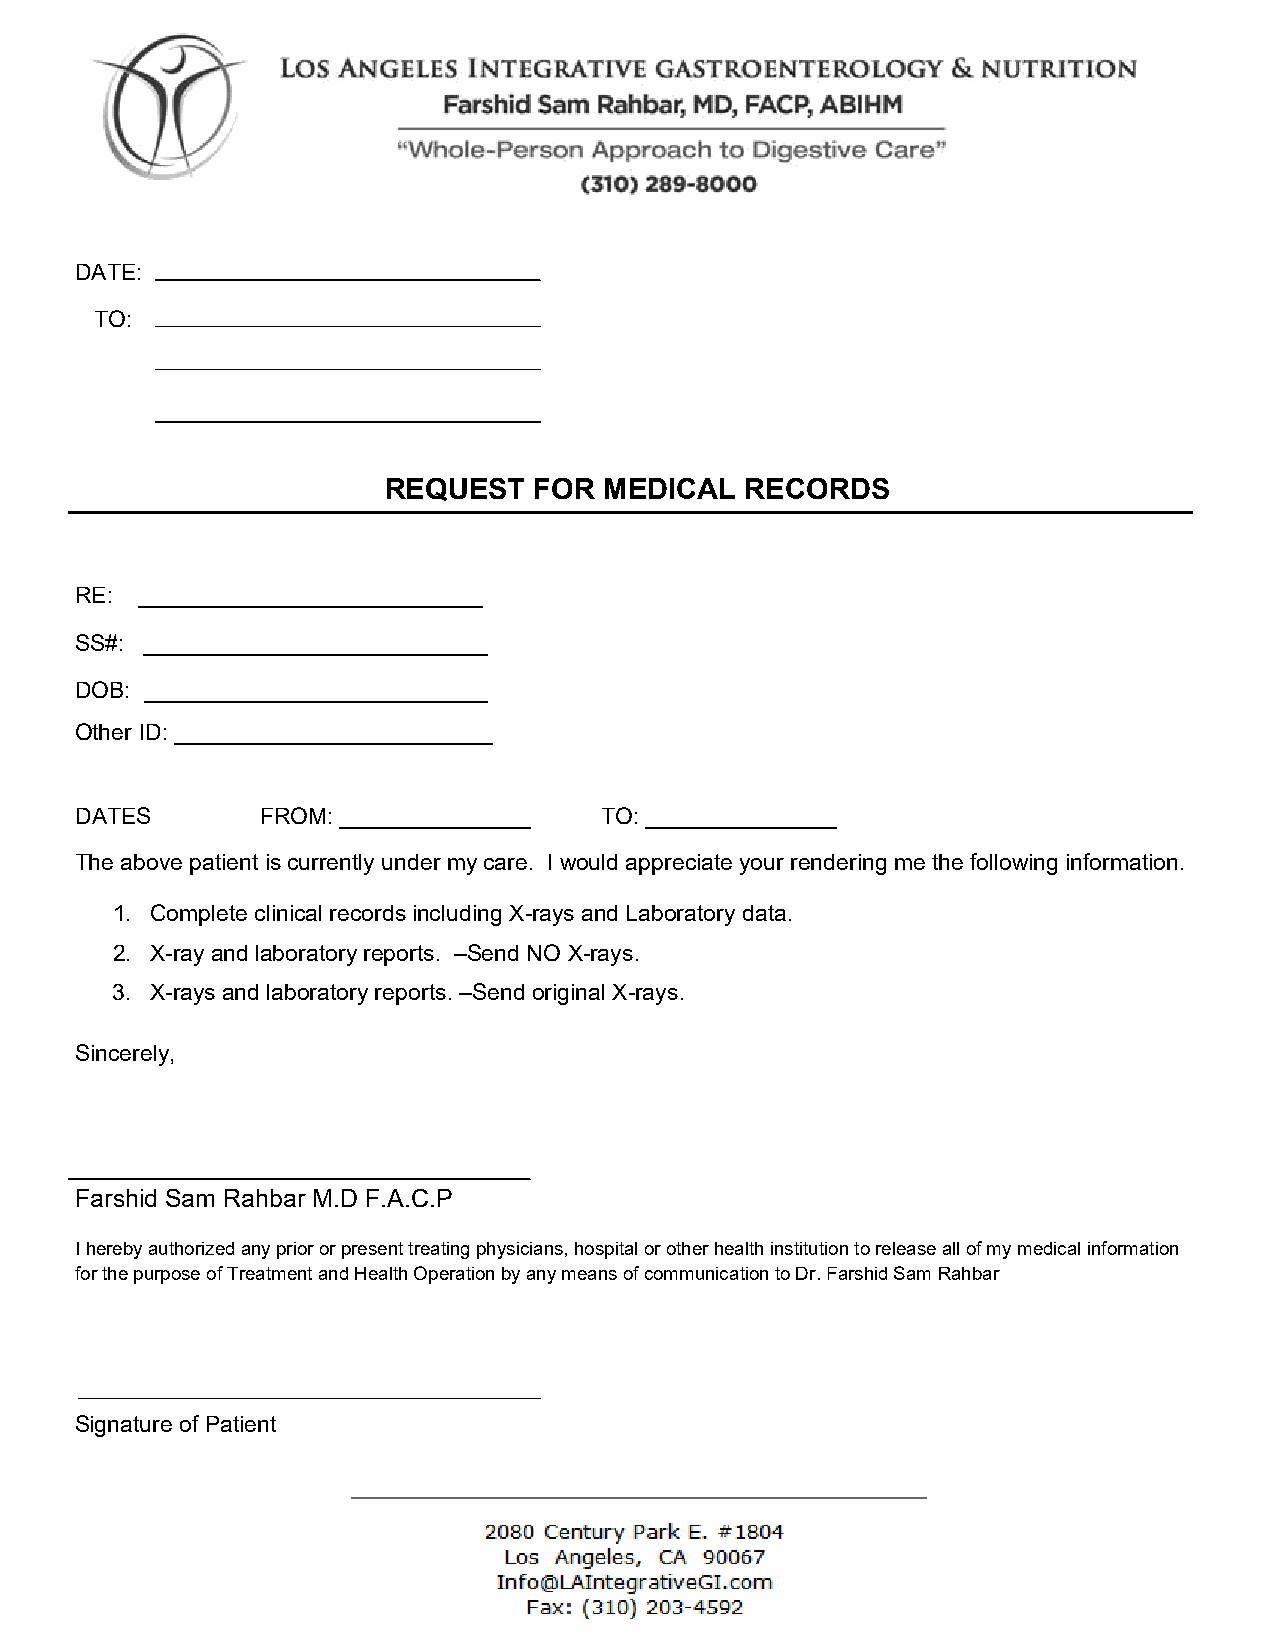
DATE:
 TO:
 REQUEST   FOR  MEDICAL  RECORDS
 RE: ___________________________
 SS#: ___________________________
 DOB: ___________________________
 Other ID: _________________________
 DATES       FROM: _______________  TO: _______________
 The above patient is currently under my care. I would appreciate your rendering me the following information.
 1. Complete clinical records including X-rays and Laboratory data.
 2. X-ray and laboratory reports. –Send NO X-rays.
 3. X-rays and laboratory reports. –Send original X-rays.
 Sincerely,
 Farshid Sam Rahbar M.D F.A.C.P
 I hereby authorized any prior or present treating physicians, hospital or other health institution to release all of my medical information
 for the purpose of Treatment and Health Operation by any means of communication to Dr. Farshid Sam Rahbar
 Signature of Patient